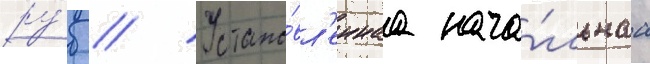
ру́б // Устано́вл'еннаа нача́льнаа